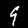
Digit: 9